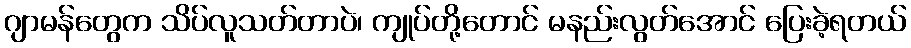
ဂျာမန်တွေက သိပ်လူသတ်တာပဲ၊ ကျုပ်တို့တောင် မနည်းလွတ်အောင် ပြေးခဲ့ရတယ်